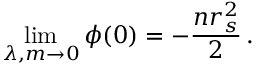
\operatorname* { l i m } _ { \lambda , m \to 0 } \phi ( 0 ) = - \frac { n r _ { s } ^ { 2 } } 2 \, .